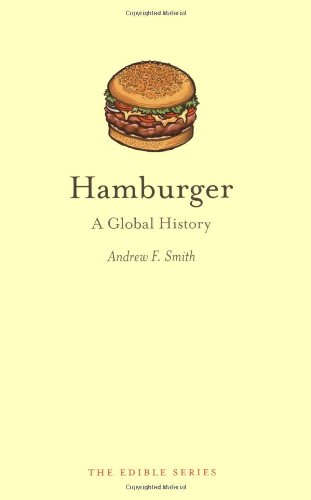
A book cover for Hamburger: A Global History (Edible); Andrew F. Smith; Cookbooks, Food & Wine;